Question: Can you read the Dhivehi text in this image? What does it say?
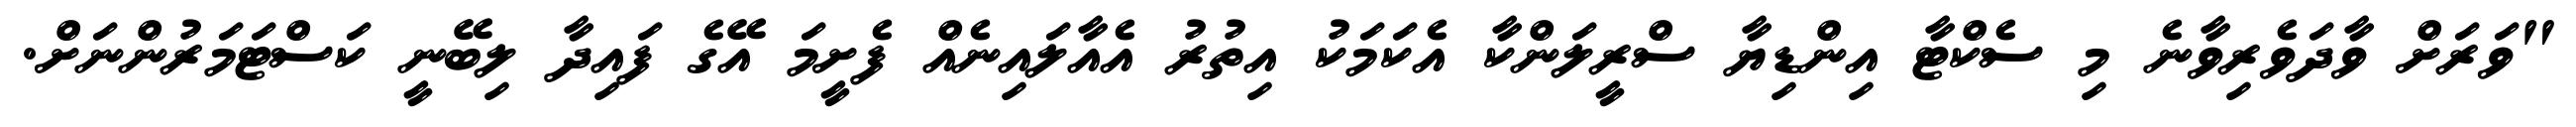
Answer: "ވަރަށް ވާދަވެރިވާނެ މި ސެކްޓާ އިންޑިޔާ ސްރީލަންކާ އެކަމަކު އިތުރު އެއާލައިނެއް ފެށީމަ އޭގެ ފައިދާ ލިބޭނީ ކަސްޓަމަރުންނަށް.